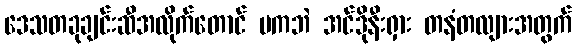
ဒေသတခုချင်းဆီအလိုက်တောင် မကဘဲ အင်ဒိုနီးရှား တနံတလျားအတွက်